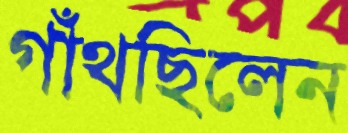
গাঁথছিলেন